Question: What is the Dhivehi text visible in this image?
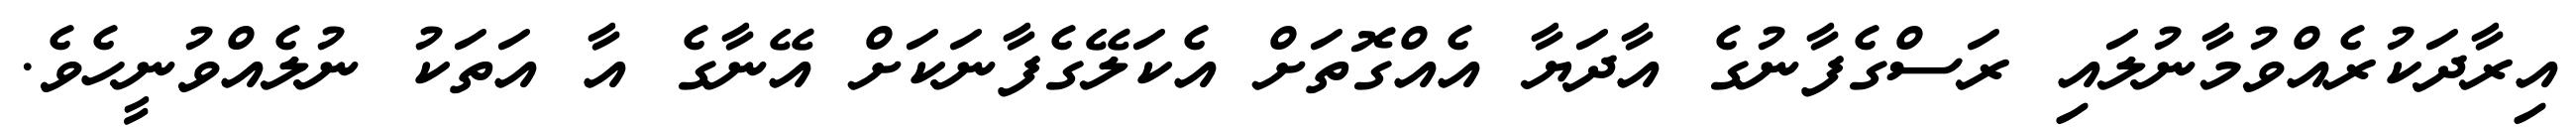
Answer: އިރާދަކުރެއްވުމާނުލައި ރަސްގެފާނުގެ އާދަޔާ އެއްގޮތަށް އެކަލޭގެފާނަކަށް އޭނާގެ އާ އަތަކު ނުލެއްވުނީހެވެ.